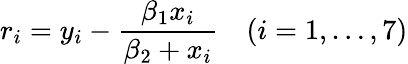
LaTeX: r_{i}=y_{i}-{\frac{\beta_{1}x_{i}}{\beta_{2}+x_{i}}}\quad(i=1,\dots,7)